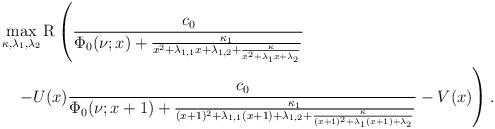
LaTeX: \begin{align*}&\max_{\kappa,\lambda_{1},\lambda_{2}}\mathrm{R}\left(\frac{c_0}{\Phi_0(\nu;x)+\frac{\kappa_1}{x^2+\lambda_{1,1}x+\lambda_{1,2}+\frac{\kappa}{x^2+\lambda_1 x+\lambda_2}}}\right.\\&\quad\left.-U(x)\frac{c_0}{\Phi_0(\nu;x+1)+\frac{\kappa_1}{(x+1)^2+\lambda_{1,1}(x+1)+\lambda_{1,2}+\frac{\kappa}{(x+1)^2+\lambda_1 (x+1)+\lambda_2}}}-V(x)\right).\end{align*}